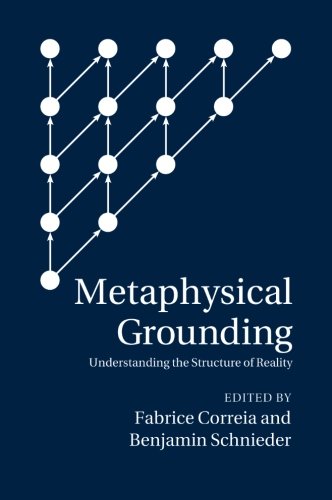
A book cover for Metaphysical Grounding: Understanding the Structure of Reality; Politics & Social Sciences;